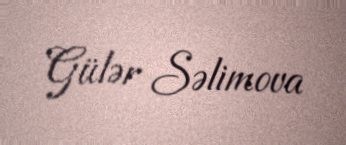
Gülər Səlimova